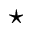
\star